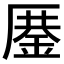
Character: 𰆨